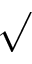
\sqrt { }